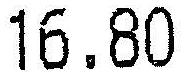
16.80